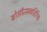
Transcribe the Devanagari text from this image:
बोसॉन्सव्यतिरिक्त